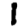
Digit: 1